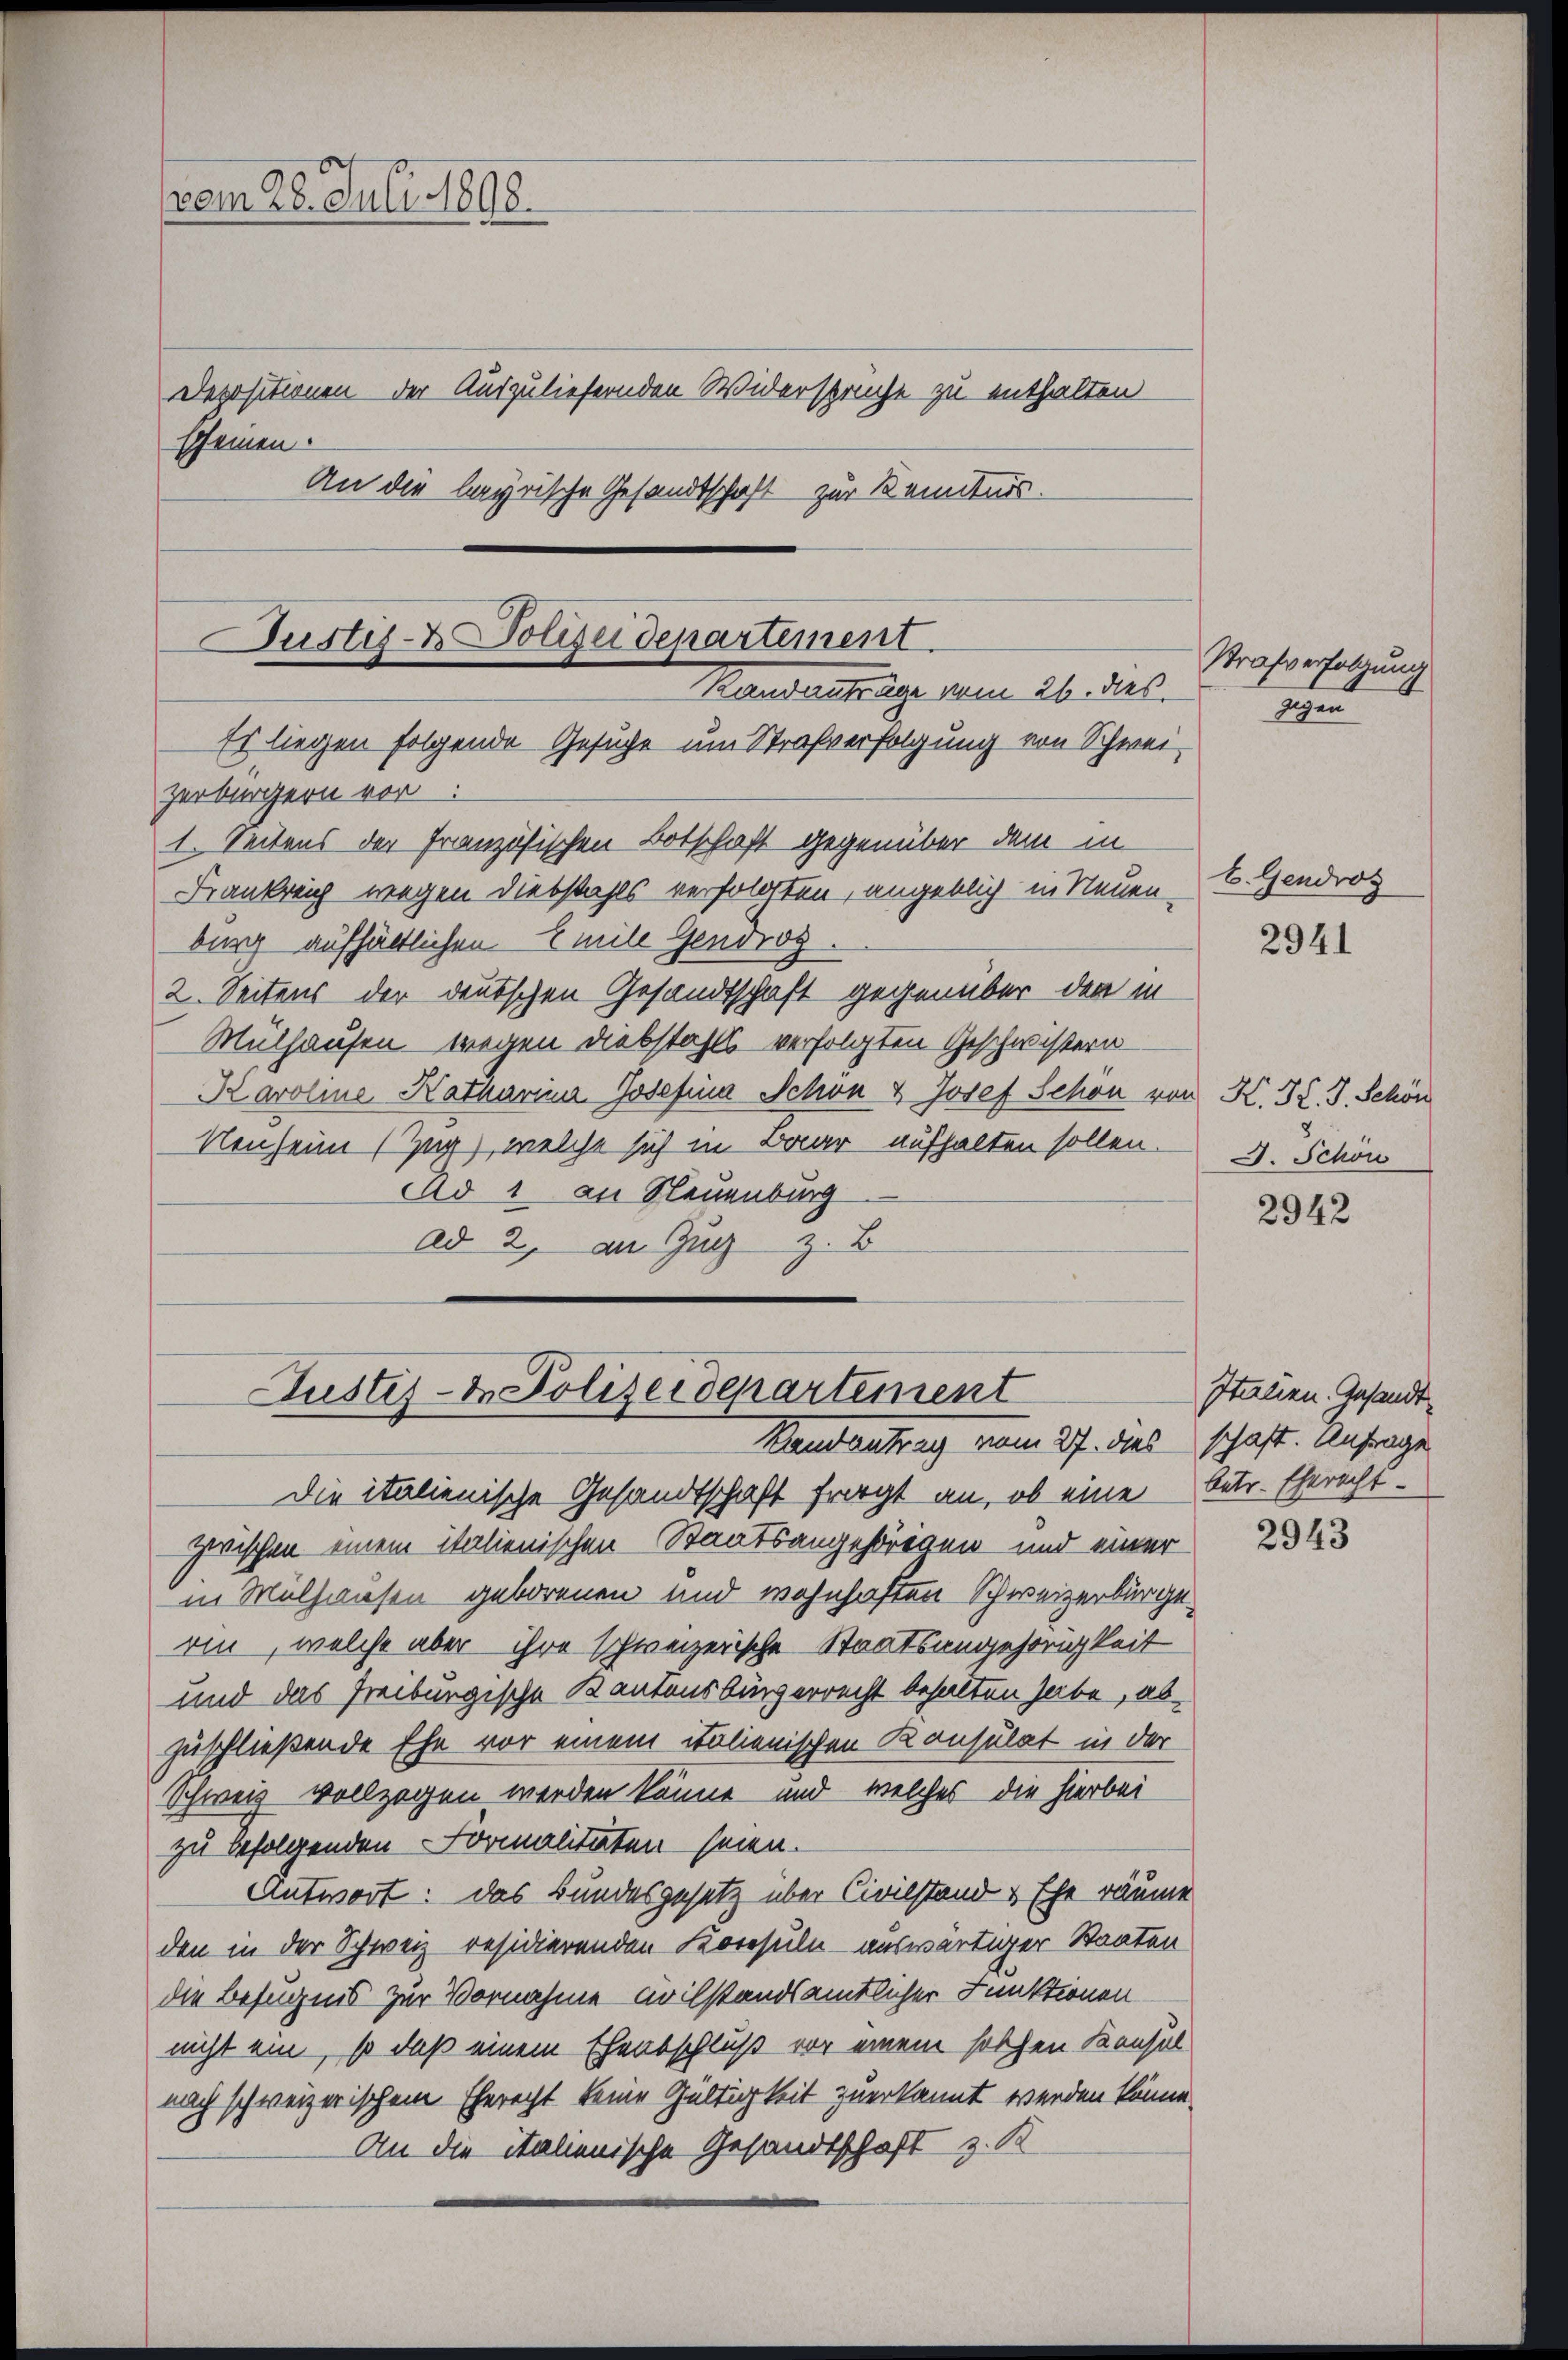
vom 28. Juli 1898.

scheinen.

Depositionen der Auszuliefernden Widersprüche zu enthalten

Justiz- & Polizeidepartement.
Baudentrage vom 24. ds.

Es liegen folgende Gesuche um Strafverfolgung von Schwei-

An die bayrische Gesandtschaft zur Kenntnis.

zerbürgern vor.
1. Seitens der Französischen Botschaft gegenüber dem in
Frankreich wegen Diebstahls verfolgten, angeblich in Neuen-
burg aufhältlichen Emile Gendros
2. Seitens der deutschen Gesandtschaft gegenüber den in
Mülhausen wegen Diebstahls verfolgten Geschwistern
Karoline Katharina Josefina Schon & Josef Schon von K. St. J. Schön
Neuheim (Zug), welche sich in Baar aufhalten sollen.
Ad 1 an Neuenburg
ad 2, an Zug z. B
Justiz- & Polizeidepartement
Randantrag vom 27. dies schaft. Anfrage

Strafverfolgung
Egen

Die italienische Gesandtschaft fragt an, ob eine betr. Eherecht-
zwischen einem italienischen Staatsangehörigen und einer
in Mülhausen geborenen und wohnhaften Schweizerbürge
ain, welche aber ihre schweizerische Staatsangehörigkeit
und das Freiburgische Kantonsbürgerrecht behalten habe, abzuschließende Ehe vor einem italienischen Konsulat in der
Schweiz vollzogen werden könne und welches die hierbei
zu befolgenden Formalitäten seien.
Antwort: das Bundesgesetz über Civilstand & Ehe räume
den in der Schweiz residierenden Konsuln auswärtiger Staaten
die Befugnis zur Vornahme avilstandsamtlicher Funktionen
nicht ein, so daß einem Ehentschluß vor einem solchen Konsul
nach schweizerischem Eherecht keine Gültigkeit zuerkannt werden könne.
An die italienische Gesandtschaft z. K

t. Gendros

2941

J. Schon

2942

Italien. Gesandt¬

2943